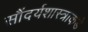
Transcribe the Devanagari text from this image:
सौंदर्यशास्त्राकडे